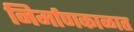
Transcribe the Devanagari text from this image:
निर्माणकाळात